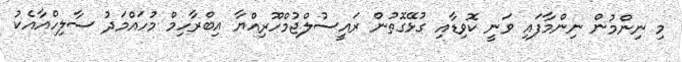
މި ނިންމުން ނިންމާފައި ވަނީ ކޮވިޑާއި ގުޅޭގޮތުން ރައީސުލްޖުމްހޫރިއްޔާ އިބްރާހިމް މުހައްމަދު ސާލިހްއާއެކު